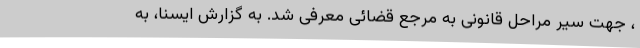
، جهت سیر مراحل قانونی به مرجع قضائی معرفی شد. به گزارش ایسنا، به